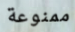
ممنوعة